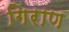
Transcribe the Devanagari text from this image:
गिराण